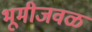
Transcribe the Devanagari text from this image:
भूमीजवळ